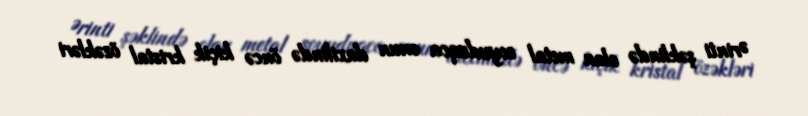
Ərinti şəklində olan metal soyuduqca onun daxilində öncə kiçik kristal özəkləri